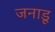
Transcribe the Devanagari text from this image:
जनाडू